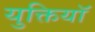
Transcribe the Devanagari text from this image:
युक्तियॉ